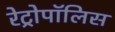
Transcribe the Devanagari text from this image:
रेट्रोपॉलिस